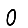
Digit: 0